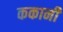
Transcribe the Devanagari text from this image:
ककानी